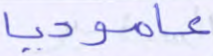
عاموديا